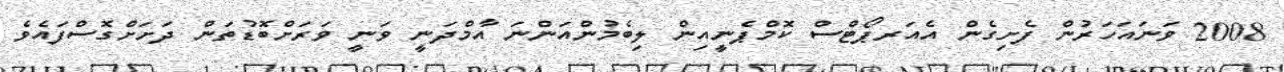
2008 ވަނައަހަރުން ފެށިގެން އެއަރޕޯޓްސް ކޮމްޕެނީއިން ލިބެމުންއަންނަ އާމްދަނީ ވަނީ ވަރަށްބޮޑުތަން ދަށަށްގޮސްފައެވެ